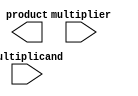
module AdaptiveWallaceTreeMultiplier #(parameter N = 8) (
    input [N-1:0] multiplicand,
    input [N-1:0] multiplier,
    output reg [2*N-1:0] product
);

    // Partial product generation
    wire [N-1:0] pp [N-1:0]; // Partial products
    genvar i;
    generate
        for (i = 0; i < N; i = i + 1) begin : partial_product_gen
            assign pp[i] = multiplicand & {N{multiplier[i]}};
        end
    endgenerate

    // Wallace tree reduction
    wire [N-1:0] sum [N-1:0]; // Sums at each stage
    wire [N-1:0] carry [N-1:0]; // Carries at each stage

    // Initial stage
    assign sum[0] = pp[0];
    assign carry[0] = 0;

    // Reduction stages
    genvar j;
    generate
        for (j = 0; j < N-1; j = j + 1) begin : reduction_stage
            wire [2:0] a, b, c; // Inputs to the full adder
            wire [N-1:0] temp_sum, temp_carry;

            assign a = {pp[j+1][j], pp[j+1][j+1], pp[j+1][j+2]}; // 3 bits for full adder
            assign b = {pp[j][j], pp[j][j+1], pp[j][j+2]};
            assign c = {pp[j-1][j], pp[j-1][j+1], pp[j-1][j+2]};

            // Full adder for three inputs
            assign {temp_carry, temp_sum} = a + b + c;

            // Assigning results to the next stage
            assign sum[j+1] = temp_sum;
            assign carry[j+1] = temp_carry;
        end
    endgenerate

    // Final addition of the last two rows
    wire [2*N-1:0] final_sum;
    wire [2*N-1:0] final_carry;

    assign final_sum = {carry[N-1], sum[N-1]} + {1'b0, sum[N-2]};

    // Assign the final product
    always @(*) begin
        product = final_sum;
    end

endmodule